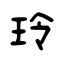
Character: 玲